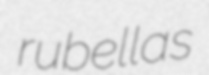
rubellas